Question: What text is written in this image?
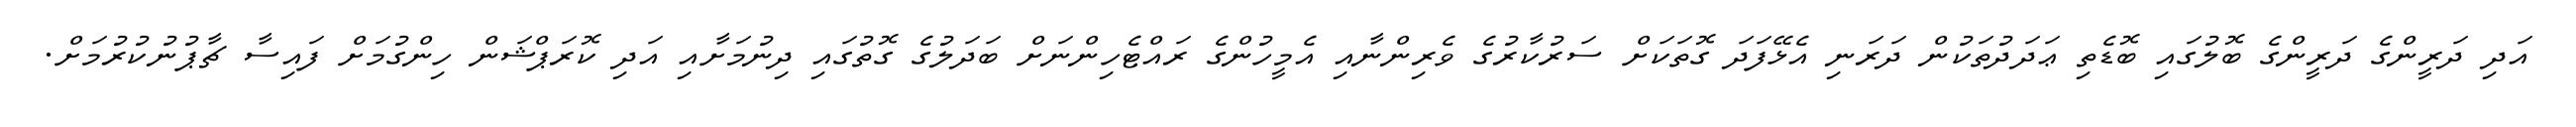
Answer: އަދި ދަރީންގެ ދަރީންގެ ބޮލުގައި ބޮޑެތި ޢަދަދުތަކުން ދަރަނި އެޅޭފަދަ ގޮތަކަށް ސަރުކާރުގެ ވެރިންނާއި އެމީހުންގެ ރައްޓެހިންނަށް ބަދަލުގެ ގޮތުގައި ދިނުމަށާއި އަދި ކޮރަޕްޝަން ހިންގުމަށް ފައިސާ ޗާޕުނުކުރުމަށް.